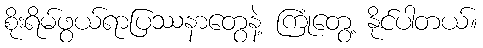
စိုးရိမ်ဖွယ်ရာပြဿနာတွေနဲ့ ကြုံတွေ့ နိုင်ပါတယ်။